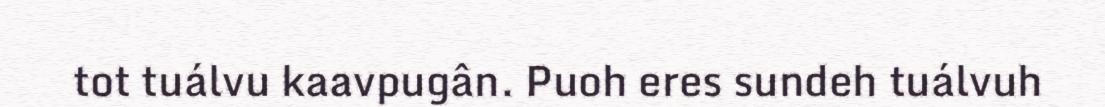
tot tuálvu kaavpugân. Puoh eres sundeh tuálvuh